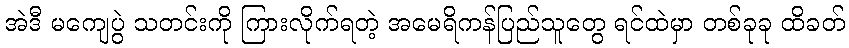
အဲဒီ မကျေပွဲ သတင်းကို ကြားလိုက်ရတဲ့ အမေရိကန်ပြည်သူတွေ ရင်ထဲမှာ တစ်ခုခု ထိခတ်